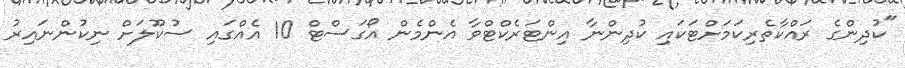
"ކުދިންގެ ރައްކާތެރިކަމަށްޓަކައި ކުދިންނާ އިންޓަރެކްޓްވާ އެންމެން އޯގަސްޓް 10 އެއްގައި ސުކޫލަށް ނިކުންނައިރު